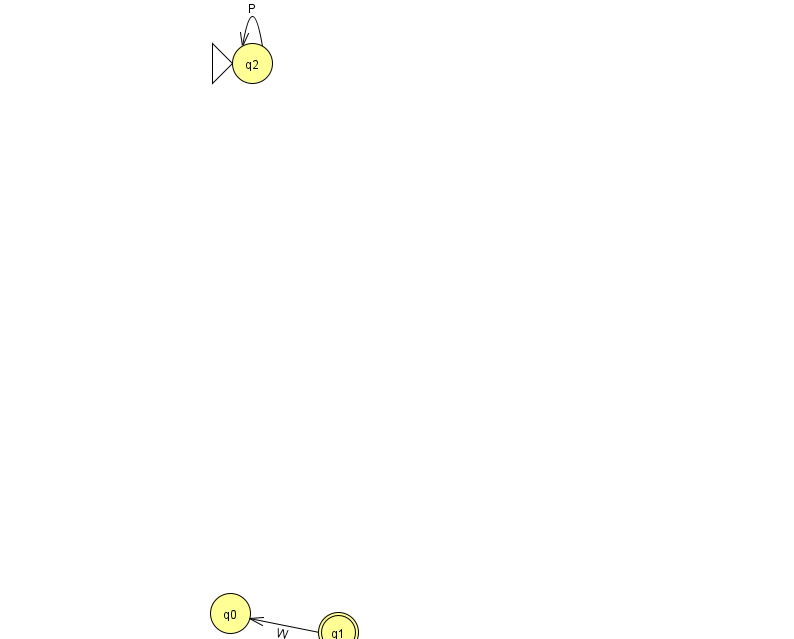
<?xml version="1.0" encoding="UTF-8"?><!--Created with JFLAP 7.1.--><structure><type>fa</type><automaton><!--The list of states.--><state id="0" name="q0"><x>230.0</x><y>600.0</y></state><state id="1" name="q1"><x>338.0</x><y>619.0</y><final/></state><state id="2" name="q2"><x>252.0</x><y>50.0</y><initial/></state><!--The list of transitions.--><transition><from>2</from><to>2</to><read>P</read></transition><transition><from>1</from><to>0</to><read>W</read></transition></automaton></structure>